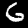
Label: 6